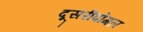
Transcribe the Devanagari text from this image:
दूसरीपोंगल